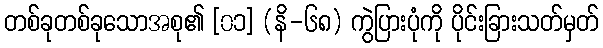
တစ်ခုတစ်ခုသောအစု၏ [၀၁] (နိ-၆၈) ကွဲပြားပုံကို ပိုင်းခြားသတ်မှတ်